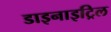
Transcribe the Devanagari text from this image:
डाइनाइट्रिल